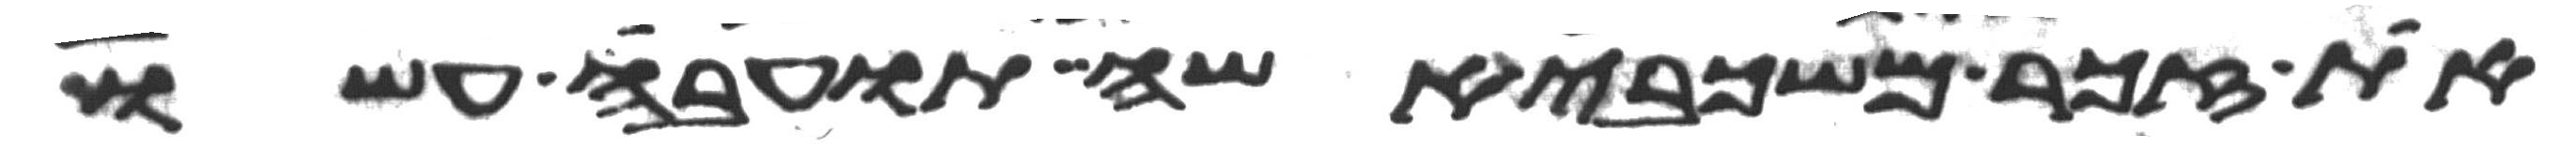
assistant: את זכר משכבי אשה תועבה עשו